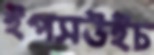
ইপসউইচ